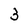
Character: 3